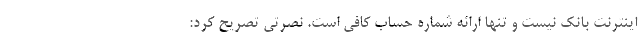
اینترنت بانک نیست و تنها ارائه شماره حساب کافی است. نصرتی تصریح کرد: